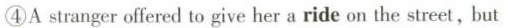
④A stranger offered to give her a ride on the street,but